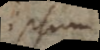
ipsum